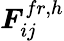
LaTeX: \boldsymbol{F}_{ij}^{fr,h}